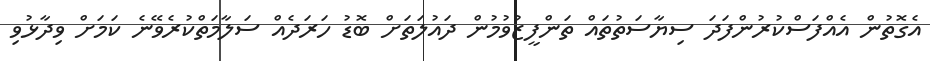
އެގޮތުން އެއްފަސްކުރުންފަދަ ސިޔާސަތުތައް ތަންފީޒުވުމުން ދައުލަތަށް ބޮޑު ހަރަދެއް ސަލާމަތްކުރެވޭނެ ކަމަށް ވިދާޅުވި